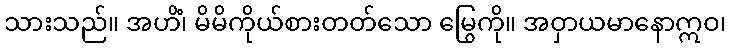
သားသည်။ အဟိံ၊ မိမိကိုယ်စားတတ်သော မြွေကို။ အဝှာယမာနောဣဝ၊